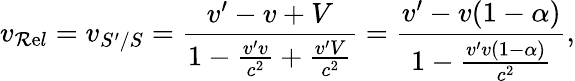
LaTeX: v_{\mathcal{R}\mathrm{e}l}=v_{S^{\prime}/S}=\frac{{v^{\prime}-v+V}}{{1-\frac{{v^{\prime}v}}{{c^{2}}}+\frac{{v^{\prime}V}}{{c^{2}}}}}=\frac{{v^{\prime}-v(1-\alpha)}}{{1-\frac{{v^{\prime}v(1-\alpha)}}{{c^{2}}}}},